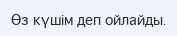
Өз күшім деп ойлайды.